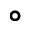
\circ